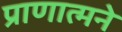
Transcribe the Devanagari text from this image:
प्राणात्मने